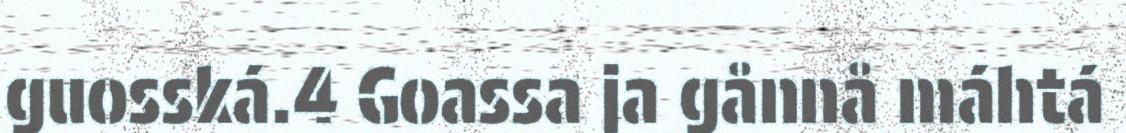
guosská.4 Goassa ja gånnå máhtá